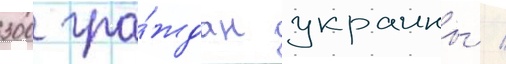
300 гра́ждан украины /